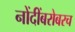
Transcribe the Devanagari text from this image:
नोंदींबरोबरच